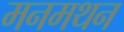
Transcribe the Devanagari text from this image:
मनमथन